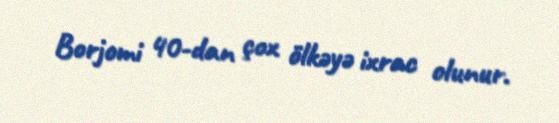
Borjomi 40-dan çox ölkəyə ixrac olunur.